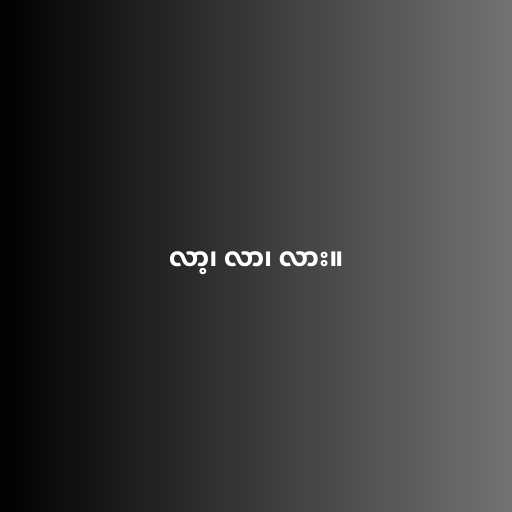
လာ့၊ လာ၊ လား။